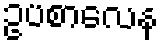
ဥပစာလေန